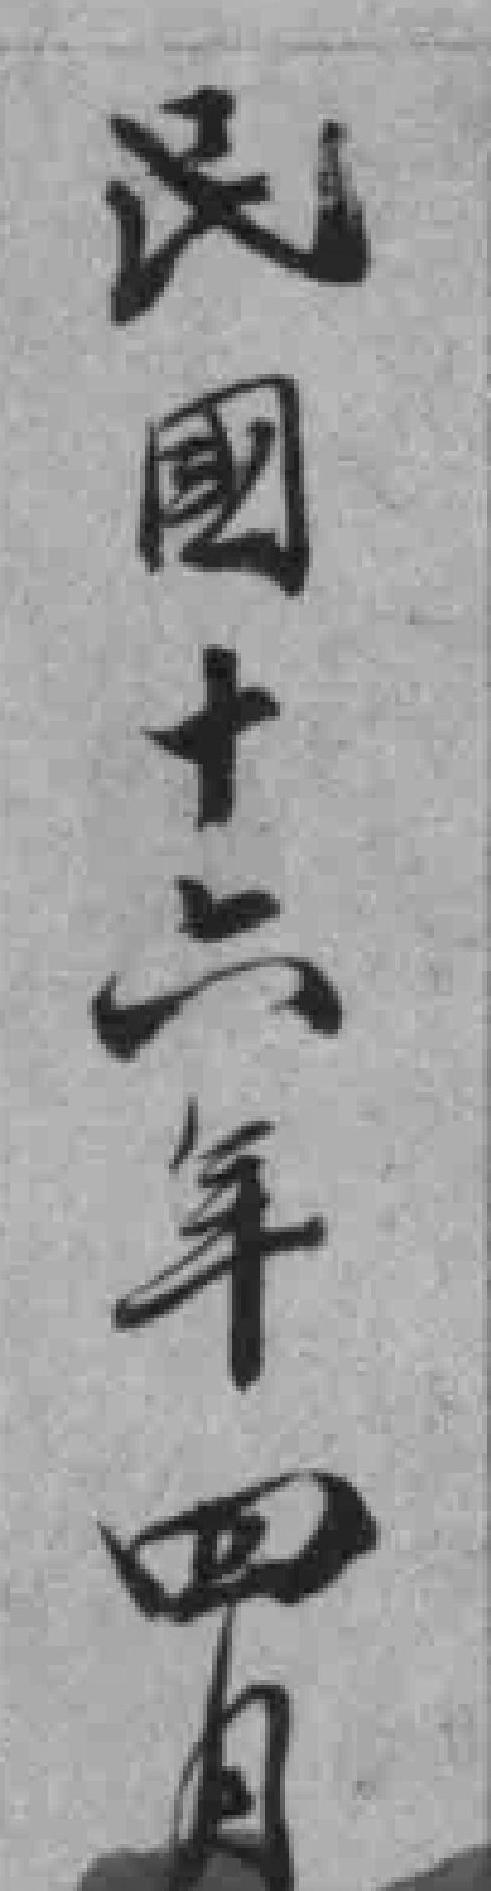
民國十六年四月